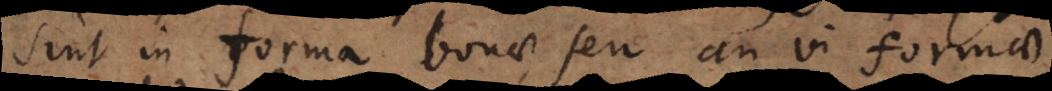
sint in forma bonae, seu an vi formae